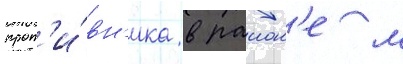
прот'и́вн'ика в раион'е м